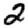
Digit: 2